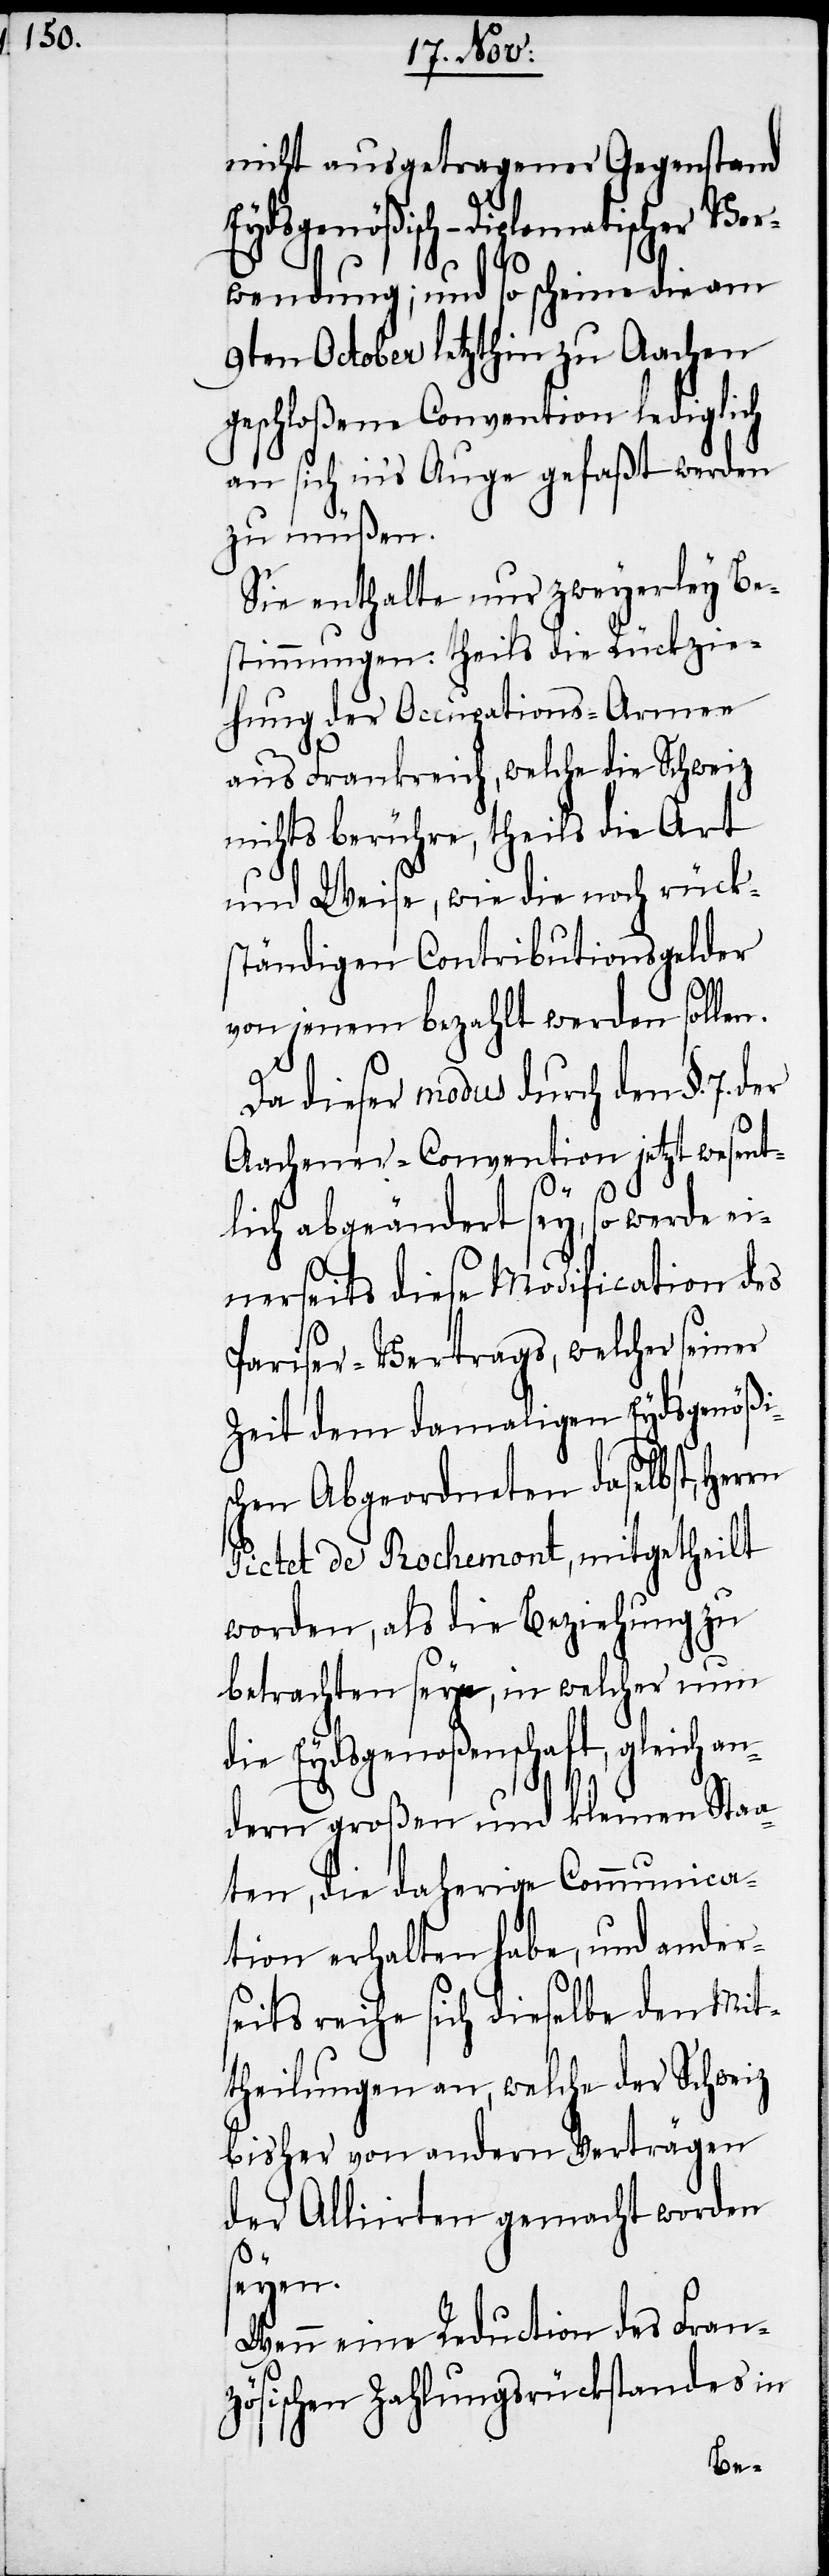
nicht ausgetragener Gegenstand
Eydsgenößisch-Diplomatischer Ver¬
rn
wendung; und so scheine die am
9ten October letzthin zu Aachen
geschloßene Convention lediglich
an sich in’s Auge gefaßt werden
zu müßen.
Sie enthalte nur zweyerley Be¬
stimmungen: theils die Rückzie¬
hung der Occupations-Armee
aus Frankreich, welche die Schweiz
nichts berühre, theils die Art
und Weise, wie die noch rück¬
ständigen Contributionsgelder
von jenem bezahlt werden sollen.
Da dieser modus durch den §. 7. d¬
Aachener-Convention jetzt wesent¬
lich abgeändert sey, so werde ei¬
nerseits diese Modification des
Pariser-Vertrags, welcher seiner
Zeit dem damaligen Eydsgenößi¬
schen Abgeordneten daselbst, Her¬
Pictet de Rochemont, mitgetheilt
worden, als die Beziehung zu
betrachten seyn, in welcher nun
die Eydsgenoßenschaft, gleich an¬
dern großen und kleinen Staa¬
ten, die daherige Communica¬
tion erhalten habe, und ander¬
seits reihe sich dieselbe den Mit¬
theilungen an, welche der Schweiz
bisher von andern Verträgen
der Alliirten gemacht worden
seyen.
Wenn eine Reduction des Fran¬
zösischen Zahlungsrückstandes in